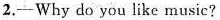
2. -Why do you like music?